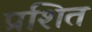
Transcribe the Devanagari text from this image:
प्रशित